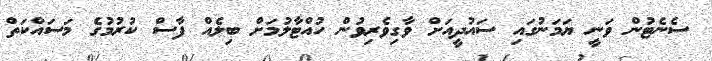
ސެނެޓުން ވަނީ ޔަމަނުގައި ސައުދީއަށް ވާގިވެރިވުން ހުއްޓާލުމަށް ބިލެއް ފާސް ކުރުމުގެ މަސައްކަތް